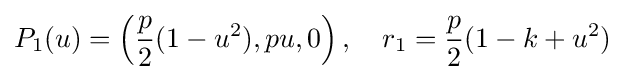
P_{1}(u)=\left({\frac {p}{2}}(1-u^{2}),pu,0\right),\quad r_{1}={\frac {p}{2}}(1-k+u^{2})\;